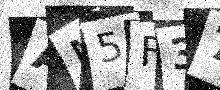
Text: AM5F37